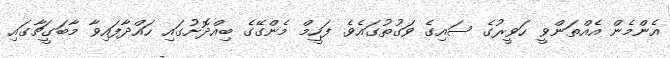
އެންމެން އެއްތަންވީ ހަވީރުގެ ސައިގެ ވަގުތުގައެވެ. ފަހީމް މެންގޭގެ ބިއްދޮށުގައި ހައްދާފައިވާ މާބަގީޗާގައި